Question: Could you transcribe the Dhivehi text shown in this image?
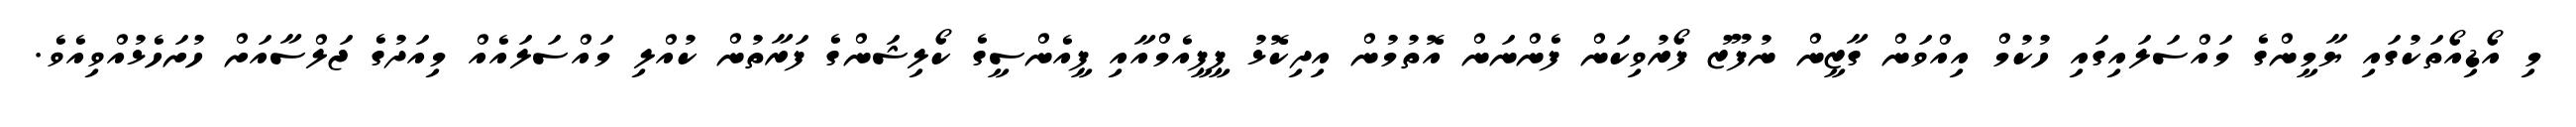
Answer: މި އޯޑިއޯތަކުގައި ޔާމީންގެ މައްސަލައިގައި ހުކުމް އިއްވަން ގާޒީން ނުފޫޒު ފޯރުވިކަން ފެންނަން އޮތުމުން އިދިކޮޅު ޕީޕީއެމްއާއި ޕީއެންސީގެ ކޯލިޝަންގެ ފަރާތުން ކުއްލި މައްސަލައެއް މިއަދުގެ ޖަލްސާއަށް ހުށަހެޅުއްވިއެވެ.